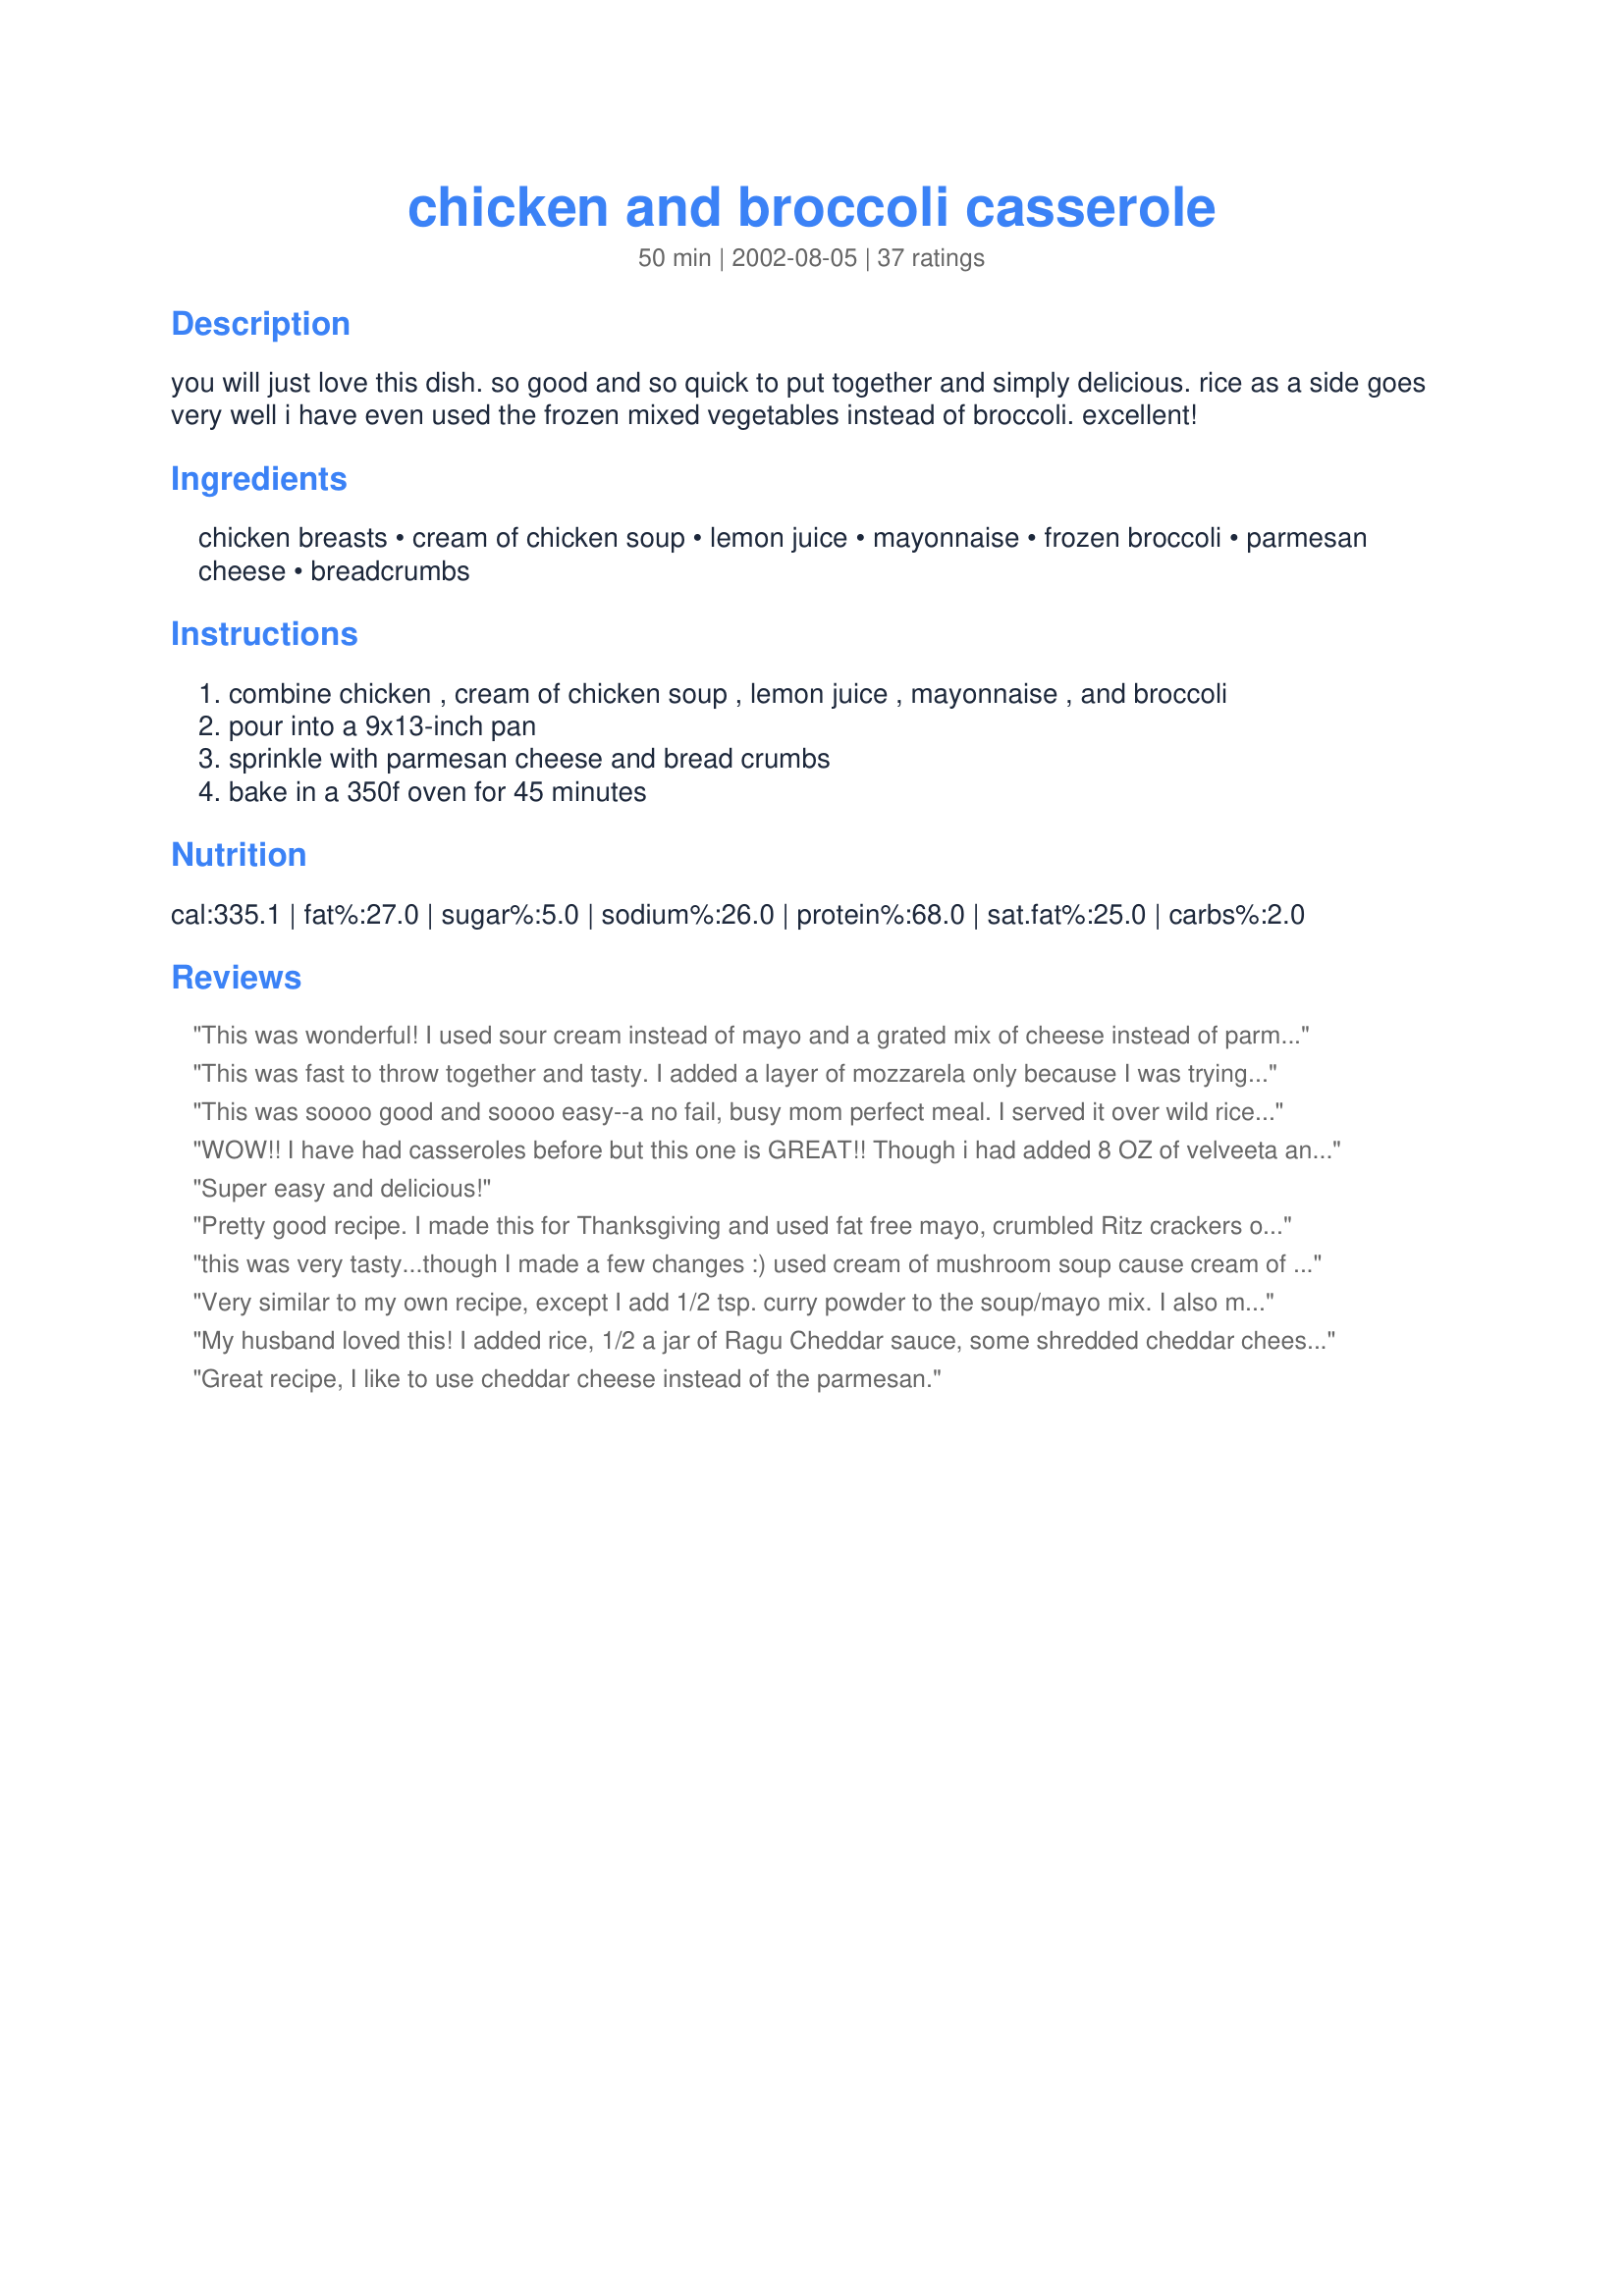
chicken and broccoli casserole
Preparation time: 50 minutes

you will just love this dish. so good and so quick to put together and simply delicious. rice as a side goes very well i have even used the frozen mixed vegetables instead of broccoli. excellent!

Ingredients:
chicken breasts, cream of chicken soup, lemon juice, mayonnaise, frozen broccoli, parmesan cheese, breadcrumbs

Steps:
combine chicken , cream of chicken soup , lemon juice , mayonnaise , and broccoli
pour into a 9x13-inch pan
sprinkle with parmesan cheese and bread crumbs
bake in a 350f oven for 45 minutes

Reviews:
This was wonderful! I used sour cream instead of mayo and a grated mix of cheese instead of parmesean (since that was all I had) and it turned out great! I love the lemon flavor! I do want to try it with the mayo though.
This was fast to throw together and tasty. I added a layer of mozzarela only because I was trying to use up stuff in the freezer. Thanks for sharing.
This was soooo good and soooo easy--a no fail, busy mom perfect meal. I served it over wild rice, used fresh broccoli, chicken tenders (cooked first) and fat free cream of mushroom soup instead. Great!
WOW!! I have had casseroles before but this one is GREAT!! Though i had added 8 OZ of velveeta and 2 cups of rice I still loved it...The rice and cheese makes the servings bigger but My husband doesn't like greenery or chicken, but he took a bite and ADDED more to his plate!!! LOL Thanks Simmy
Super easy and delicious!
Pretty good recipe. I made this for Thanksgiving and used fat free mayo, crumbled Ritz crackers on top and used Fat free cheese on top. It came out to about 375 calories (4 servings in pan) per serving.
this was very tasty...though I made a few changes :) used cream of mushroom soup cause cream of chicken has flavor enhancers...sautéd 2 small onions and then threw in garlic at the end then mixed in with everything...Instead of breadcrumbs I used some crunched up crunchie cracker things and sprinkled a bit of all-seasoned salt on top with the cheese. It was soooo good. Very good base recipe, very flexible to suit your taste :) thanks for posting!
Very similar to my own recipe, except I add 1/2 tsp. curry powder to the soup/mayo mix. I also mix a can of cream of chicken soup with a can of cream of mushroom soup when making in a 9x13 dish. Instead of breadcrumbs, you can make your own croutons with buttered bread that has been lightly sprinkled with garlic salt and curry powder. Then cut the bread into 1' squares and put on top of casserole before baking. I also use a little shredded jack cheese on top of casserole (under croutons). Putting cooked rice on the bottom of the casserole makes it more filling and adds a nice dimension.
My husband loved this! I added rice, 1/2 a jar of Ragu Cheddar sauce, some shredded cheddar cheese and substituted Ritz crackers because that is what I had on hand. Thanks for the easy yummy all in one meal that I am adding to my cookbook.
Great recipe, I like to use cheddar cheese instead of the parmesan.
This was a nice simple recipe that turned out really tasty. I didn't add the breadcrumbs, just some cheddar melted on top. Thanks for a great recipe!
Great recipe, simple, tasty. I always kick up any recipe. I sauted chicken tenders in olive oil with two sliced green onions and added the lemon juice to the saute to enhance the flavor. Also used blanched fresh broccoli instead of frozen. I added jack cheese and panko bread crumbs on top. Served it over rice and my hubby loved it.
Used fresh broccoli and it was great, and very fast. As a busy southern girl it was an easy way to make a good casserole.
Mmmm...yummy! I liked this recipe. My kids all had seconds! My husband makes one similar, adding curry and cheddar cheese. He also uses sour cream. But I like this recipe's use of the mayo. Thanks!
Yummy! I was looking for a chicken and broccoli casserole without rice and this was perfect! Honestly, it was even better the second day.
This was yummy! I added a can of cream of broccoli soup as well, and used crumbled saltine crackers instead of bread crumbs. We'll make this again, thanks!
This was easy to put together. Followed the recipe as written. True comfort food. Thanks for an easy family friendly recipe!
This is such a simple recipe, perfect for those days when you don't have a lot of time to cook! I used fresh broccoli, blanched in hot water, and added a little salt and pepper. I only had canned chicken on hand, but it worked just fine :) Added some shredded cheddar cheese and served with club crackers!
Great! I sauteed the chicken in olive oil and lemon also and added onion and red pepper-I can't cook anything without Onions!!! When I put the cooked chicken mixture in the casserole, it looked so good I almost stopped there!!! But I added the rest, and used Ritz crackers instead of breadcrumbs.
This was wonderful..another one of those recipes that everyone loved(2 adults and 5 kids under 10). I did use homemade cream of mushroom soup instead of the cream of chicken soup. I also added about 2 cups of brown rice. I put the brown rice on the bottom, then chopped up broccoli, then chunks of chicken, then poured mayo/soup mixture over top and put ritz crackers on top. I also baked the chicken first with garlic. Because of the homemade mushroom soup and the seasoning in it this had a wonderful taste to it. I will make this over and over using the cream of mushroom soup.
I love this dish myself but I make it 5 star by doing a few things different. I use a can of cream of mushroom and a can of cream of chicken instead of chicken soup. I also use Miracle Whip instead of Mayonnaise. I find it adds a little extra tang in there. I also top mine with crushed Ritz crackers instead. I don't usually like Ritz crackers or Miracle Whip, but the tastes of both aren't too prominent. The crackers make a WONDERFUL crust by sticking with the cheese. Of course I used Cheddar Cheese on mine enough to cover the sauce then added the crackers. Also wanted to add that in a quick fix, you can used canned chicken instead of having to bake it. Just put the can of chicken right into the mix and use frozen broccoli in the bag that you can steam in the microwave. Takes 5 minutes! Also, rotissiere chicken is good as well!
I used frozen, corn, broccoli,red pepper. For the cheese I used Mozzarella/Parmesan. Are you using grated or fresh Parmesan? My fresh became brittle.
We enjoyed.
This tasted wonderful. Wasn't quite "creamy" enough for us so I will try adding more soup or even some sour cream next time. That is just personal preference though so I still think it's a five star recipe!
This is very good. I added 1/3 cup of milk and as pr previous review I used a store bought whole chicken. After adding the soup, mayo and lemon mixture I sprinkle it all with cheddar cheese I think it matches broccoli better. Then sprinkle some bread crumbs over the cheddar. At the end I broiled it for a couple of min to brown it.
This casserole turned out really nice. I did take suggestions from others and browned my chicken in olive oil and lemon juice and seasoned with season salt. I served over brown rice and everyone loved it!
Soooo easy & yummy too! DELICIOUS and this is the perfect answer to my getting home late from work and having everything I need on hand. I used canned chicken & I also added a can of mushroom soup. I used fresh broccoli but steamed it first. Sprinkled with fresh parmesan which made a yummy crust. THANKS SIMMY!
This was so nice and light for a casserole. We usually don't like how "wet" they can be, with all those creams and cheeses. I used about 3/4 of a rotisserie chicken breast from the store and two fresh broccoli tops (florets cut off) instead of frozen. I used real Parmesan and seasoned breadcrumbs and served it over buttered rice. This was a hit with everyone and will become a regular in my rotation. Thanks!!!
When reading this over I was wondering "Where are the spices? Where does the flavor come from?" Considering all the good reviews, I figured I'd give it a shot. However, my concerns were well-founded. My family found this EXTREMELY bland (even my daughter who usually loves bland!). Every ingredient has very little flavor on its own, and combined the dish was virtually tasteless. Might be better with condensed cheddar cheese soup, or with cream of mushroom soup & fresh mushrooms.
I used 2 cans cream of broccoli soup & therefore doubled the mayo and lemon juice, added some shredded chedder cheese to it and sprinkled with Panko instead of bread crumbs. Served over rice. It was good! Will make again.
I used fresh broccoli and just added it raw. Turned out perfect. I had everything else on hand, yippeee. Very good and satisfied everyone here. Thanks for a simple keeper.
DELISH and easy.
This is a very tasty casserole, my family loves the broccoli! We served it with croissants and salad. Thank you!
This was great and so easy! I even had it leftover the next day and it tasted even better. Next time I may try to add some chipotle mayonnaise to give it a kick or maybe even some pepper. Definitly a quick dinner idea!
We loved this recipe. I added a can of water chestnuts (water and all). Instead of bread crumbs I used crunchy onions on top and added some grated cheddar at the end. It is definitely on our list of favorites.
This casserole is just really good! It's super-easy to mix together, bake, and serve. I cut back and used 3 breasts and 1/2 a package of frozen broccoli as there are only two of us here and we had plenty!
Thanks for posting a true comfort food. We enjoyed every bite!
Laudee C.
Ridiculously easy to prepare. With 2 little ones, this is essential in my house. Good for those weeknights when you just don't want to cook, usually have everything on hand for those "in a pinch" situations. DD ate it well, and she's almost 4. We served it over rice.

Thanks for posting!
I didn't have any broccoli, so I substituted with frozen cauliflower. Totally delicious, quick and easy to make, and my 5 year old and her two friends even cleaned their plates!
